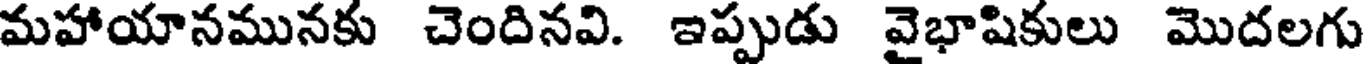
మహాయానమునకు చెందినవి. ఇప్పుడు వైభాషికులు మొదలగు